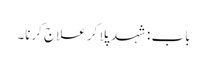
باب : شہد پلا کر علاج کرنا۔